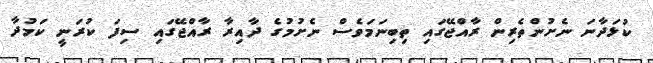
ކުޅަދާނަ ނެށުންތެރިން ރާއްޖޭގައި ތިބިނަމަވެސް ނެށުމުގެ ދާއިރާ ރާއްޖޭގައި ސިފަ ކުރަނީ ކަމުދާ